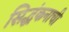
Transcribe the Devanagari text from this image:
सिद्धंकनाची